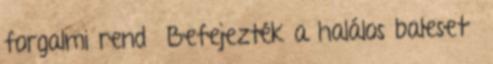
forgalmi rend Befejezték a halálos baleset